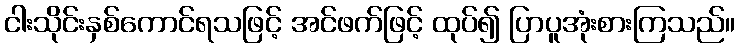
ငါးသိုင်းနှစ်ကောင်ရသဖြင့် အင်ဖက်ဖြင့် ထုပ်၍ ပြာပူအုံးစားကြသည်။